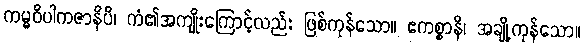
ကမ္မဝိပါကဇာနိပိ၊ ကံ၏အကျိုးကြောင့်လည်း ဖြစ်ကုန်သော။ ဧကစ္စာနိ၊ အချို့ကုန်သော။